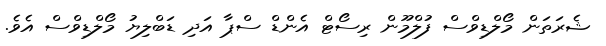
ޝެރަތަން މޯލްޑިވްސް ފުލްމޫން ރިސޯޓް އެންޑް ސްޕާ އަދި ޑަބްލިޔު މޯލްޑިވްސް އެވެ.